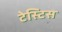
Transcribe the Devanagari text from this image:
टेस्टिस